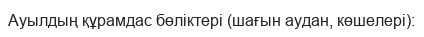
Ауылдың құрамдас бөліктері (шағын аудан, көшелері):